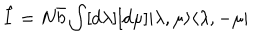
\hat { I } = N \bar { b } \int [ d \lambda ] [ d \mu ] | \lambda , \mu \rangle \langle \lambda , - \mu |